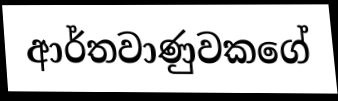
ආර්තවාණුවකගේ